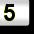
Digit: 5